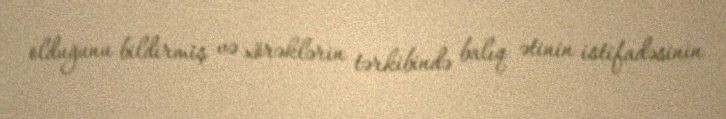
olduğunu bildirmiş və xörəklərin tərkibində balıq ətinin istifadəsinin